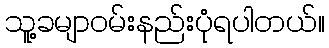
သူ့ခမျာဝမ်းနည်းပုံရပါတယ်။